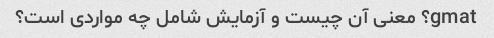
gmat؟ معنی آن چیست و آزمایش شامل چه مواردی است؟